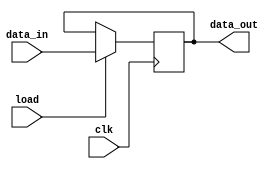
module AC (input [7:0] data_in, input load, clk, output reg [7:0] data_out );
always @( posedge clk ) 
if ( load) 
data_out <= data_in;
endmodule
module PC (input [5:0] data_in, input load, inc, clr, clk, output reg [5:0] data_out );
always @ (posedge clk )
 if( clr)
  data_out <= 6'b000_000;
   else if( load) 
   data_out <= data_in;
    else if( inc) 
data_out <= data_out + 1;
endmodule
module IR ( input [7:0] data_in, input load, clk, output reg [7:0] data_out );
always @ (posedge clk ) 
if (load) 
data_out <= data_in;
endmodule
module ALU ( input [7:0] a, b, input pass, add,
output reg [7:0] alu_out );
always @(a or b or pass or add) 
if (pass) alu_out = a;
else if (add) alu_out = a + b;
else alu_out = 0;
endmodule
module DataPath(input ir_on_adr, pc_on_adr, dbus_on_data, data_on_dbus, ld_ir, ld_ac, ld_pc, inc_pc, clr_pc, pass,add, alu_on_dbus, clk,
output [5:0] adr_bus,
output [1:0] op_code,
inout [7:0] data_bus );
wire [7:0] dbus, ir_out, a_side, alu_out; 
wire [5:0] pc_out;
IR ir (dbus, ld_ir, clk, ir_out );
PC pc (ir_out [5:0], ld_pc, inc_pc, clr_pc, clk, pc_out); 
AC ac (dbus, ld_ac, clk, a_side );
ALU alu (a_side, {2'b00, ir_out [5:0]}, pass, add, alu_out);
assign adr_bus = ir_on_adr ? ir_out [5:0] : 6'bzz_zzzz;
assign adr_bus = pc_on_adr ? pc_out:6'bzz_zzzz;
assign dbus = alu_on_dbus ? alu_out: 8'bzzzz_zzzz;
assign data_bus = dbus_on_data ? dbus :8'bzzzz_ZZZZ;
assign dbus = data_on_dbus ? data_bus: 8'bzzzz_zzzz;
assign op_code = ir_out [7:6];
endmodule